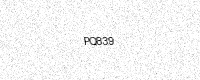
Text: PQ839